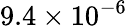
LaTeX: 9.4\times 10^{-6}